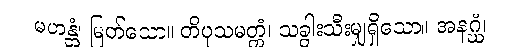
မဟန္တံ၊ မြတ်သော။ တိပုသမတ္တံ၊ သခွါးသီးမျှရှိသော။ အနဂ္ဃံ၊